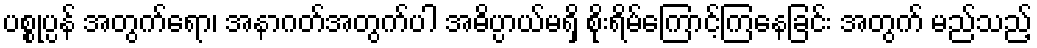
ပစ္စုပ္ပန် အတွက်ရော၊ အနာဂတ်အတွက်ပါ အဓိပ္ပာယ်မရှိ စိုးရိမ်ကြောင့်ကြနေခြင်း အတွက် မည်သည့်